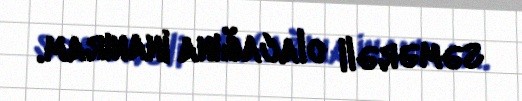
səmərəli olacağına inanıram.